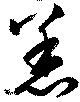
恙